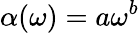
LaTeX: \alpha(\omega)=a\omega^{b}